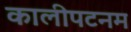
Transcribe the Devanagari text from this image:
कालीपटनम